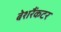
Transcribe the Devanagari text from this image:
बेशरैंकटर